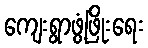
ကျေးရွာဖွံ့ဖြိုးရေး